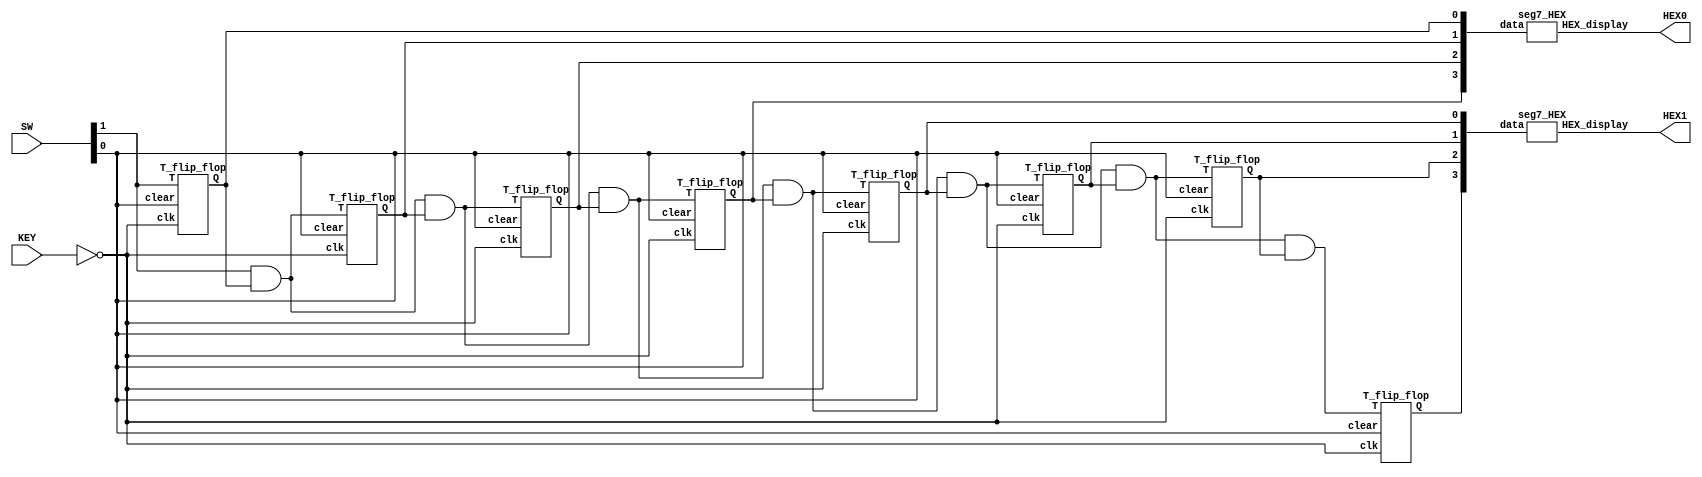
module main(KEY, SW, HEX0, HEX1);
    input [0:0]KEY;
    input [1:0]SW;

    output [6:0] HEX0;
    output [6:0] HEX1;
    wire q0, q1, q2, q3, q4, q5, q6, q7;

    T_flip_flop u0 (.T(SW[1]), .clear(SW[0]), .clk(~KEY), .Q(q0));
    T_flip_flop u1 (.T(SW[1] & q0), .clear(SW[0]), .clk(~KEY), .Q(q1));
    T_flip_flop u2 (.T(SW[1] & q0 & q1), .clear(SW[0]), .clk(~KEY), .Q(q2));
    T_flip_flop u3 (.T(SW[1] & q0 & q1 & q2), .clear(SW[0]), .clk(~KEY), .Q(q3));
    T_flip_flop u4 (.T(SW[1] & q0 & q1 & q2 & q3), .clear(SW[0]), .clk(~KEY), .Q(q4));
    T_flip_flop u5 (.T(SW[1] & q0 & q1 & q2 & q3 & q4), .clear(SW[0]), .clk(~KEY), .Q(q5));
    T_flip_flop u6 (.T(SW[1] & q0 & q1 & q2 & q3 & q4 & q5), .clear(SW[0]), .clk(~KEY), .Q(q6));
    T_flip_flop u7 (.T(SW[1] & q0 & q1 & q2 & q3 & q4 & q5 & q6), .clear(SW[0]), .clk(~KEY), .Q(q7));
    
    seg7_HEX hex0 (.data({q3, q2, q1, q0}), .HEX_display(HEX0));
    seg7_HEX hex1 (.data({q7, q6, q5, q4}), .HEX_display(HEX1));

endmodule

module T_flip_flop(T, clk, clear, Q);
    input T, clk, clear;
    output reg Q;

    always@(posedge clk, posedge clear)//   triggered every time clock rises
        begin
            if (clear == 1'b1)//   when Reset  b is 1 (note this is tested on every rising clock edge)
                Q <= 0; // q is set to 0. Note that the assignment uses <= 

            else if (T == 1'b1)//   when Reset  b is not 0 
                Q <= ~Q; //   value of d passes through to output q
        end
endmodule

module seg7_HEX (data, HEX_display);
    input [0:3] data;
    output [6:0] HEX_display;

    assign HEX_display[0] = (~ data[0] & ~ data[1] & ~ data[2] & data[3]) | (~ data[0] & data[1] & ~ data[2] & ~ data[3]) | (data[0] & ~ data[1] & data[2] & data[3]) | (data[0] & data[1] & ~ data[2] & data[3]);
    assign HEX_display[1] = (data[0] & data[1] & data[2] & data[3]) | (data[0] & data[1] & data[2] & ~ data[3]) | (data[0] & data[1] & ~ data[2] & ~ data[3]) | (data[0] & ~ data[1] & data[2] & data[3]) | (~ data[0] & data[1] & data[2] & ~ data[3]) | (~ data[0] & data[1] & ~ data[2] & data[3]);
    assign HEX_display[2] = (data[0] & data[1] & data[2] & data[3]) | (data[0] & data[1] & data[2] & ~ data[3]) | (data[0] & data[1] & ~ data[2] & ~ data[3]) | (~ data[0] & ~ data[1] & data[2] & ~ data[3]);
    assign HEX_display[3] = (data[0] & data[1] & data[2] & data[3]) | (data[0] & ~ data[1] & data[2] & ~ data[3]) | (data[0] & ~ data[1] & ~ data[2] & data[3]) | (~ data[0] & data[1] & data[2] & data[3]) | (~ data[0] & data[1] & ~ data[2] & ~ data[3]) | (~ data[0] & ~ data[1] & ~ data[2] & data[3]);
    assign HEX_display[4] = (data[0] & ~ data[1] & ~ data[2] & data[3]) | (~ data[0] & data[1] & data[2] & data[3]) | (~ data[0] & data[1] & ~ data[2] & data[3]) | (~ data[0] & data[1] & ~ data[2] & ~ data[3]) | (~ data[0] & ~ data[1] & data[2] & data[3]) | (~ data[0] & ~ data[1] & ~ data[2] & data[3]);
    assign HEX_display[5] = (data[0] & data[1] & ~ data[2] & data[3]) | (~ data[0] & data[1] & data[2] & data[3]) | (~ data[0] & ~ data[1] & data[2] & data[3]) | (~ data[0] & ~ data[1] & data[2] & ~ data[3]) | (~ data[0] & ~ data[1] & ~ data[2] & data[3]);
    assign HEX_display[6] = (data[0] & data[1] & ~ data[2] & ~ data[3]) | (~ data[0] & data[1] & data[2] & data[3]) | (~ data[0] & ~ data[1] & ~ data[2] & data[3]) | (~ data[0] & ~ data[1] & ~ data[2] & ~ data[3]);
endmodule

/*
Compile the circuit. To answer the following questions open the compilation report and look under

 Fitterforresource utilization and TimeQuest Timing AnalyzerforFmax(open the compilation report and 
 look underTiming AnalyzerSlow 1100 mV 85C ModelFmax). 

How  many  logic  elements  (LEs) are  used  to  implement your  circuit? 
This  is  an  indication  of  how  manyFPGA resources are used to build your circuit.  
How does the size of your circuit compare to the size of theFPGA you are using?
What is the maximum frequency,Fmax, at which your circuit can be operated? 

Max Freq. 539.96 MHz
Logic utilization (in ALMs) 15 / 37070 < 1%

*/